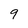
Character: 9